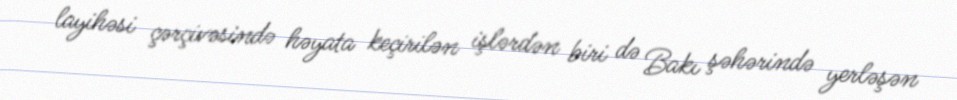
layihəsi çərçivəsində həyata keçirilən işlərdən biri də Bakı şəhərində yerləşən